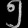
Digit: ၅